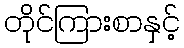
တိုင်ကြားစာနှင့်